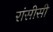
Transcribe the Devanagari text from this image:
रांसीसी